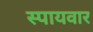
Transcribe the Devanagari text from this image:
स्पायवार